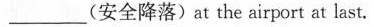
\underline(安全降落)at the airport at last.